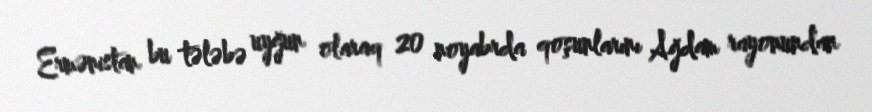
Ermənistan bu tələbə uyğun olaraq 20 noyabrda qoşunlarını Ağdam rayonundan